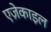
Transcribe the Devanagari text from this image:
एज़ेकाइल